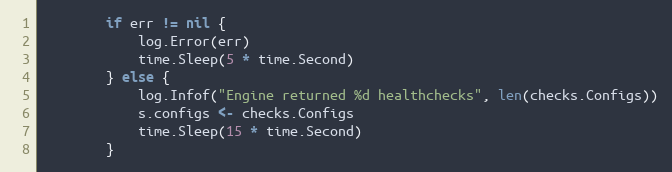
Language: Go
		if err != nil {
			log.Error(err)
			time.Sleep(5 * time.Second)
		} else {
			log.Infof("Engine returned %d healthchecks", len(checks.Configs))
			s.configs <- checks.Configs
			time.Sleep(15 * time.Second)
		}